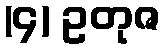
(၄) ဥတုဇ